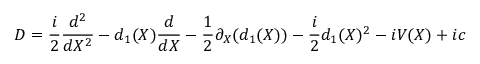
D = \frac { i } { 2 } \frac { d ^ { 2 } } { d X ^ { 2 } } - d _ { 1 } ( X ) \frac { d } { d X } - \frac { 1 } { 2 } \partial _ { X } ( d _ { 1 } ( X ) ) - \frac { i } { 2 } d _ { 1 } ( X ) ^ { 2 } - i V ( X ) + i c